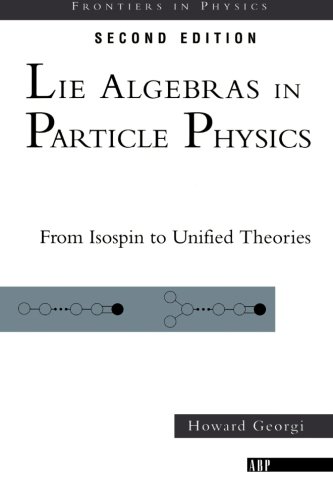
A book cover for Lie Algebras In Particle Physics: from Isospin To Unified Theories (Frontiers in Physics); Howard Georgi; Science & Math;